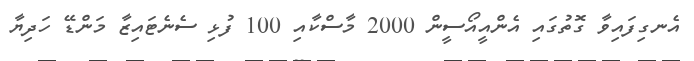
އެނގިފައިވާ ގޮތުގައި އެންއީއޯސީން 2000 މާސްކާއި 100 ފުޅި ސެނެޓައިޒާ މަންޑޭ ހަދިޔާ